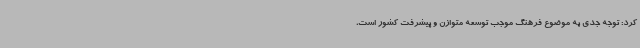
کرد: توجه جدی به موضوع فرهنگ موجب توسعه متوازن و پیشرفت کشور است،